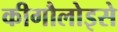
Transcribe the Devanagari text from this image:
कीगौलोइसे